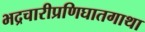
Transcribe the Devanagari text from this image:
भद्रचारीप्रणिघातगाथा